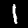
Digit: 1